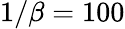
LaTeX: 1/\beta=100